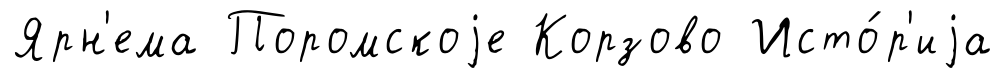
Ярн'ема Поромскоjе Корзово Исто́р'иjа